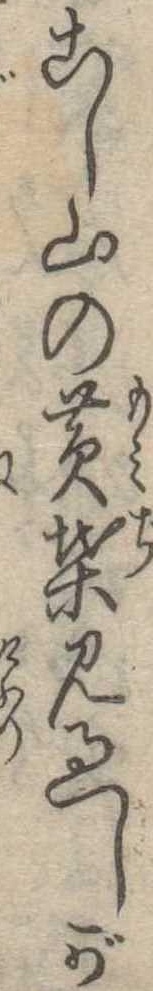
こし山の黄葉見過しが